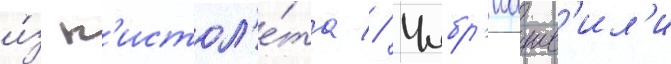
и́з п'истол'е́та // Чибр'иашв'ил'и